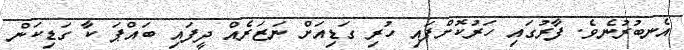
އެނބުރުނެވެ. ފާރުގައި ހަރުކޮށްފައި ހުރި ގަޑިއަށް ނަޒަރެއް ދީފައި ބައްޕަ ކާ ގަޑިކަން